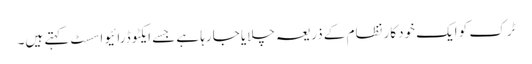
ٹرک کو ایک خودکار نظام کے ذریعہ چلایا جارہا ہے جسے ایکٹو ڈرائیو اسسٹ کہتے ہیں۔